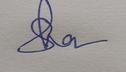
Signature authenticity: genuine